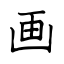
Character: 画